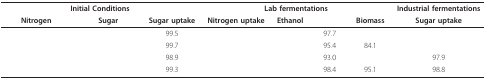
<table><thead><tr><td colspan="3"><b>Initial Conditions</b></td><td colspan="4"><b>Lab fermentations</b></td><td><b>Industrial fermentations</b></td></tr><tr><td><b>Nitrogen</b></td><td><b>Sugar</b></td><td><b>Sugar uptake</b></td><td><b>Nitrogen uptake</b></td><td><b>Ethanol</b></td><td>[EMPTY_CELL]</td><td><b>Biomass</b></td><td><b>Sugar uptake</b></td></tr></thead><tbody><tr><td>[EMPTY_CELL]</td><td>[EMPTY_CELL]</td><td>99.5</td><td>[EMPTY_CELL]</td><td>[EMPTY_CELL]</td><td>97.7</td><td>[EMPTY_CELL]</td><td>[EMPTY_CELL]</td></tr><tr><td>[EMPTY_CELL]</td><td>[EMPTY_CELL]</td><td>99.7</td><td>[EMPTY_CELL]</td><td>[EMPTY_CELL]</td><td>95.4</td><td>84.1</td><td>[EMPTY_CELL]</td></tr><tr><td>[EMPTY_CELL]</td><td>[EMPTY_CELL]</td><td>98.9</td><td>[EMPTY_CELL]</td><td>[EMPTY_CELL]</td><td>93.0</td><td>[EMPTY_CELL]</td><td>97.9</td></tr><tr><td>[EMPTY_CELL]</td><td>[EMPTY_CELL]</td><td>99.3</td><td>[EMPTY_CELL]</td><td>[EMPTY_CELL]</td><td>98.4</td><td>95.1</td><td>98.8</td></tr></tbody></table>